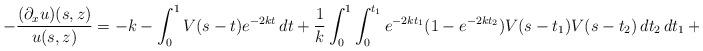
LaTeX: \begin{align*}- \frac{(\partial_x u)(s,z)}{u(s,z)} = - k - \int_0^1 V(s-t) e^{-2kt}\,dt + \frac 1k \int_0^1 \int_0^{t_1} e^{-2kt_1} (1 -e^{-2kt_2}) V(s-t_1) V(s-t_2)\,dt_2\,dt_1 + O(\lvert k\rvert^{-2})\end{align*}